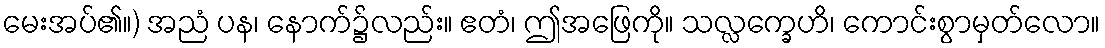
မေးအပ်၏။) အညံ ပန၊ နောက်၌လည်း။ ဧတံ၊ ဤအဖြေကို။ သလ္လက္ခေဟိ၊ ကောင်းစွာမှတ်လော။